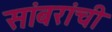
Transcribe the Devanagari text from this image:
सांबरांची